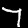
Label: 7